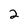
Character: 2